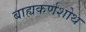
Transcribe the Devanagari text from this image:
बाह्यकर्णशोथ